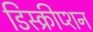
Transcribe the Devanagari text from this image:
डिस्क्रीप्शन